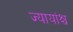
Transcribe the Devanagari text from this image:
ज्यायांश्च